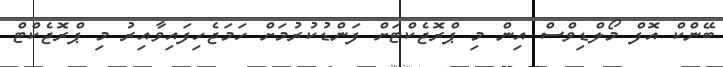
ބޭންކް އޮފް މޯލްޑިވްސް އިން މި ޕްރޮޖެކްޓަށް ފަންޑުކުރުމަށް ހަމަޖެހިފައިވާއިރު މި ޕްރޮޖެކްޓް